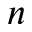
\boldsymbol { n }